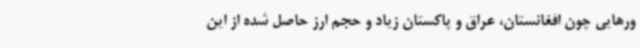
ورهایی چون افغانستان، عراق و پاکستان زیاد و حجم ارز حاصل شده از این